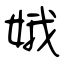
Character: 娥